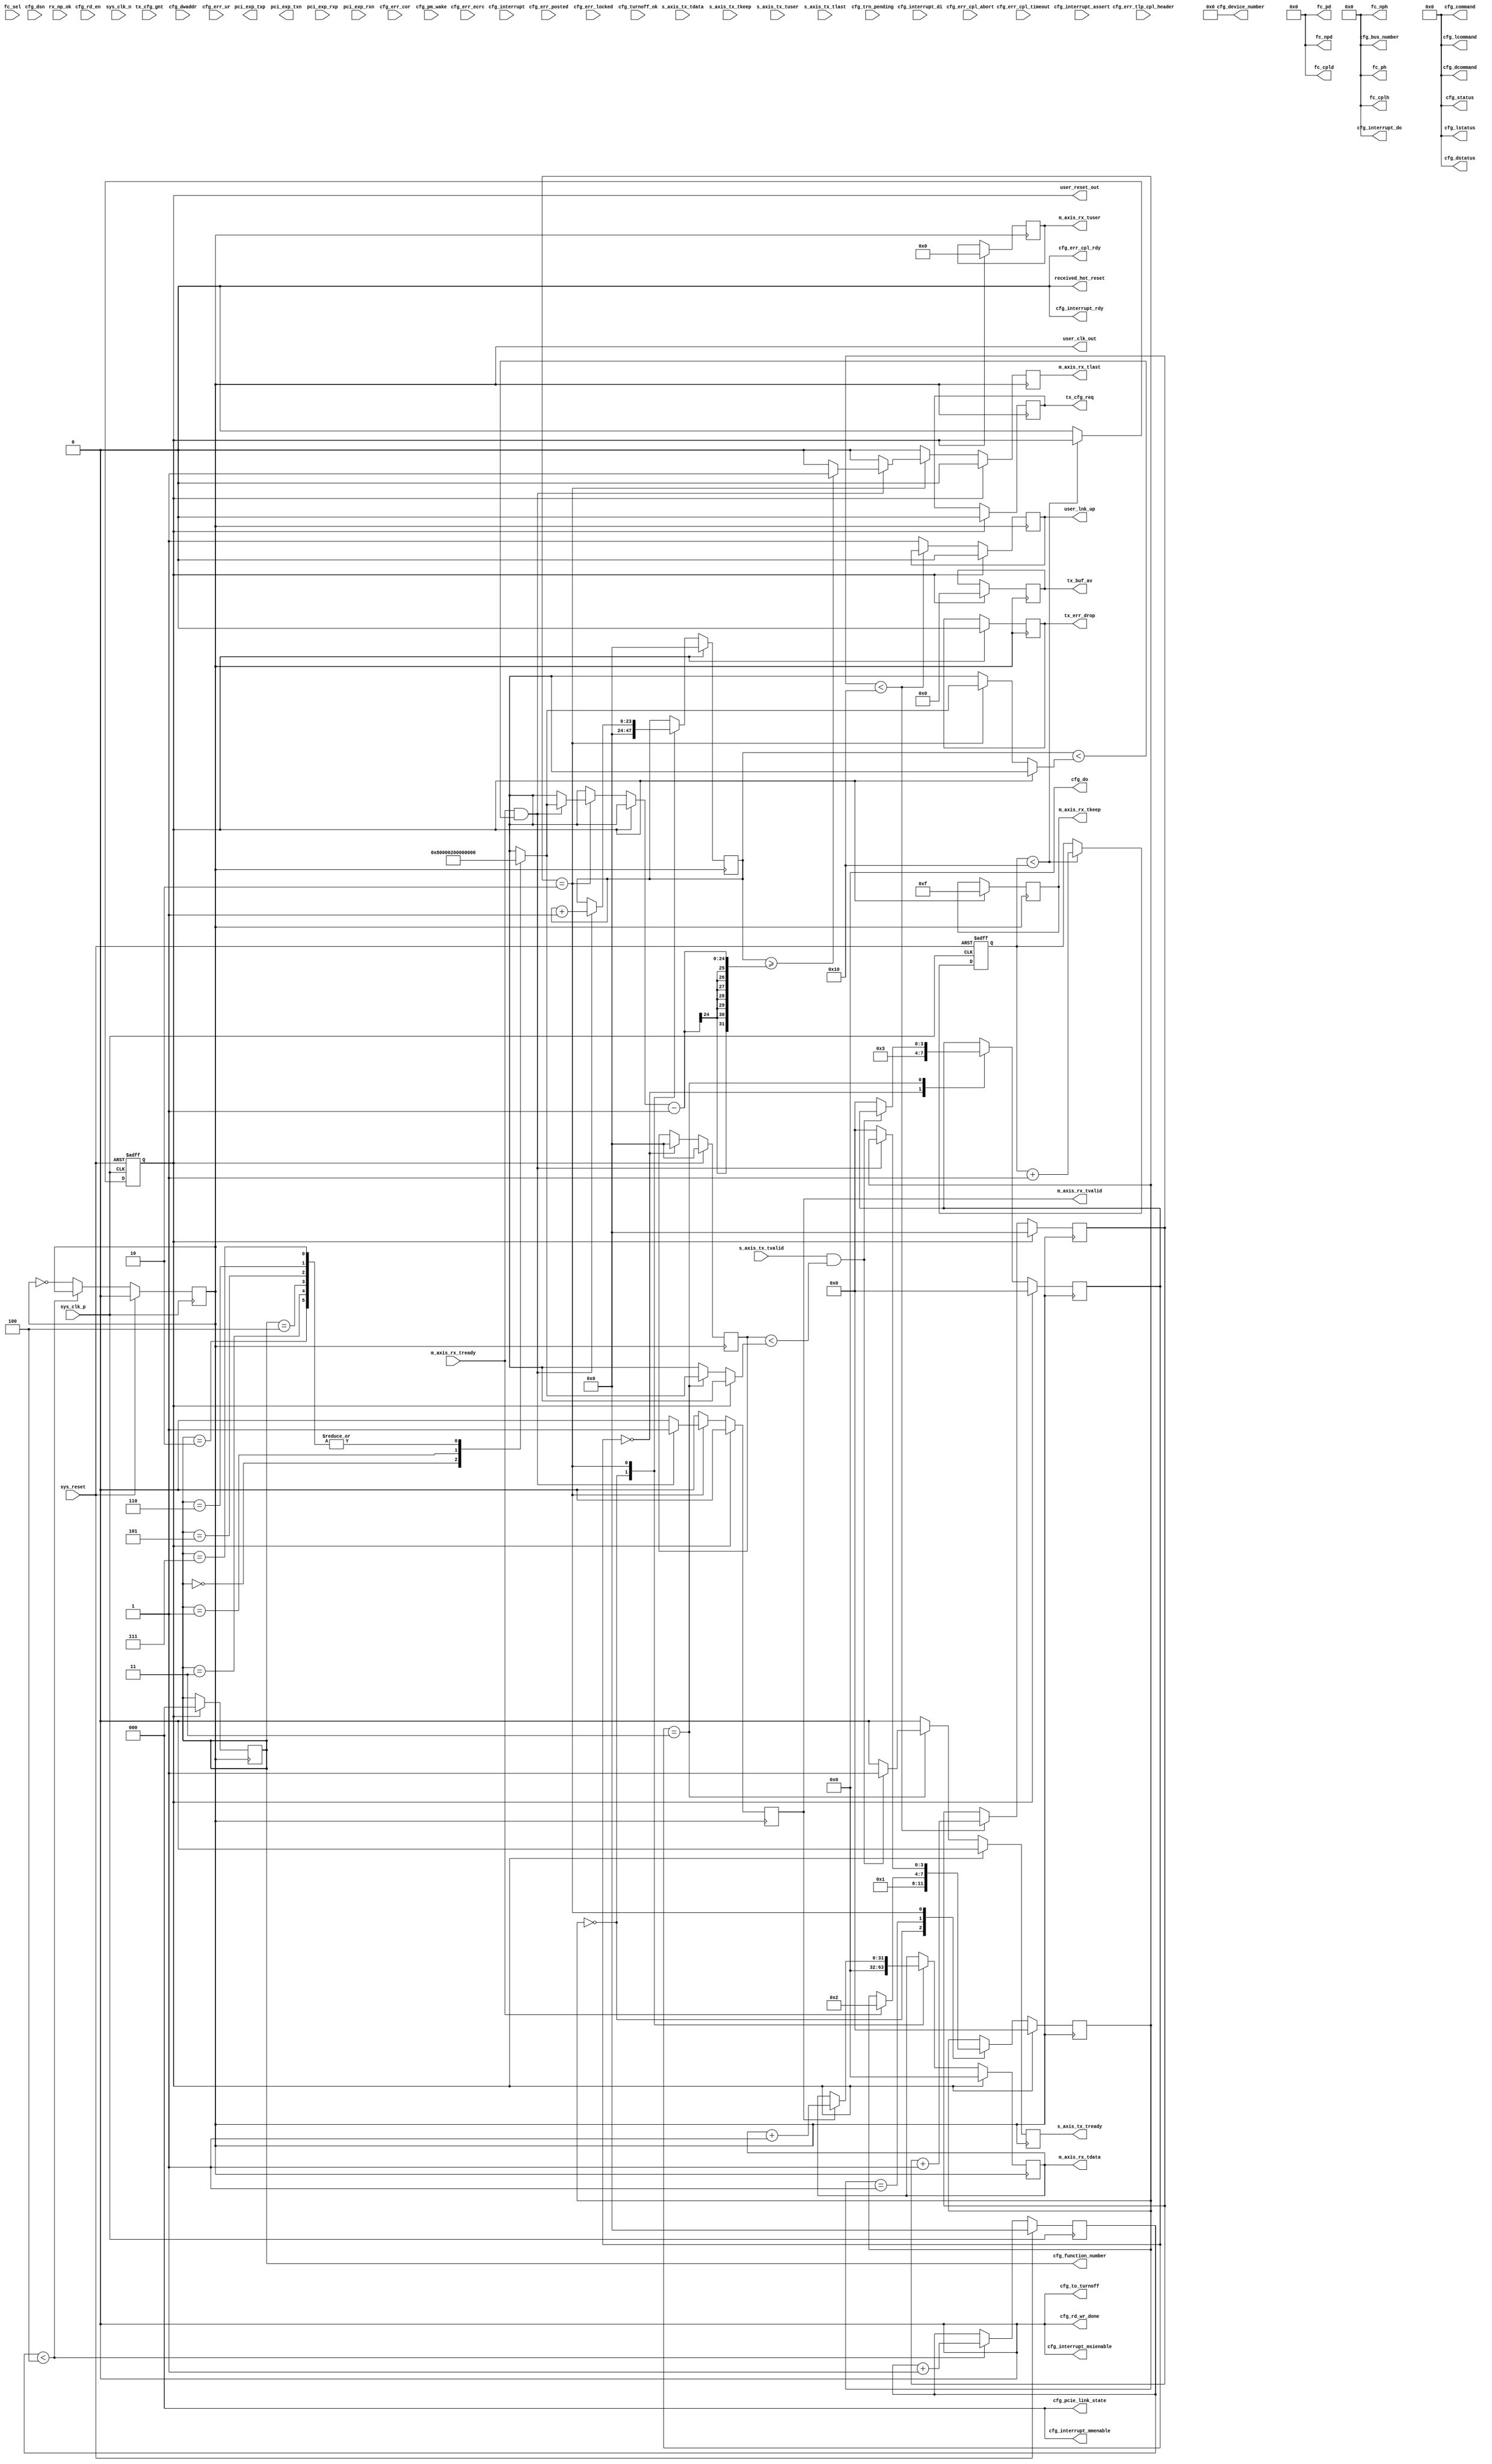
/*
Distributed under the MIT license.
Copyright (c) 2015 Dave McCoy (dave.mccoy@cospandesign.com)

Permission is hereby granted, free of charge, to any person obtaining a copy of
this software and associated documentation files (the "Software"), to deal in
the Software without restriction, including without limitation the rights to
use, copy, modify, merge, publish, distribute, sublicense, and/or sell copies
of the Software, and to permit persons to whom the Software is furnished to do
so, subject to the following conditions:

The above copyright notice and this permission notice shall be included in all
copies or substantial portions of the Software.

THE SOFTWARE IS PROVIDED "AS IS", WITHOUT WARRANTY OF ANY KIND, EXPRESS OR
IMPLIED, INCLUDING BUT NOT LIMITED TO THE WARRANTIES OF MERCHANTABILITY,
FITNESS FOR A PARTICULAR PURPOSE AND NONINFRINGEMENT. IN NO EVENT SHALL THE
AUTHORS OR COPYRIGHT HOLDERS BE LIABLE FOR ANY CLAIM, DAMAGES OR OTHER
LIABILITY, WHETHER IN AN ACTION OF CONTRACT, TORT OR OTHERWISE, ARISING FROM,
OUT OF OR IN CONNECTION WITH THE SOFTWARE OR THE USE OR OTHER DEALINGS IN THE
SOFTWARE.
*/

/*
 * Description:
 *  Simulation of the PCIE Interface, used primarily to test out
 *    HDL Core
 * Changes:
 */



module sim_pcie_axi_bridge #(
  parameter USR_CLK_DIVIDE      = 4
)(

  // PCI Express Fabric Interface
  output              pci_exp_txp,
  output              pci_exp_txn,
  input               pci_exp_rxp,
  input               pci_exp_rxn,

  // Transaction (TRN) Interface
  output  reg         user_lnk_up,

  // Tx
  output  reg         s_axis_tx_tready,
  input       [31:0]  s_axis_tx_tdata,
  input       [3:0]   s_axis_tx_tkeep,
  input       [3:0]   s_axis_tx_tuser,
  input               s_axis_tx_tlast,
  input               s_axis_tx_tvalid,

  output  reg [5:0]   tx_buf_av,
  output  reg         tx_err_drop,
  input               tx_cfg_gnt,
  output  reg         tx_cfg_req,

  // Rx
  output  reg [31:0]  m_axis_rx_tdata,
  output  reg [3:0]   m_axis_rx_tkeep,
  output  reg         m_axis_rx_tlast,
  output  reg         m_axis_rx_tvalid,
  input               m_axis_rx_tready,
  output  reg [21:0]  m_axis_rx_tuser,
  input               rx_np_ok,

  // Flow Control
  input       [2:0]   fc_sel,
  output      [7:0]   fc_nph,
  output      [11:0]  fc_npd,
  output      [7:0]   fc_ph,
  output      [11:0]  fc_pd,
  output      [7:0]   fc_cplh,
  output      [11:0]  fc_cpld,

  // Host (CFG) Interface
  output      [31:0]  cfg_do,
  output              cfg_rd_wr_done,
  input       [9:0]   cfg_dwaddr,
  input               cfg_rd_en,

  // Configuration: Error
  input               cfg_err_ur,
  input               cfg_err_cor,
  input               cfg_err_ecrc,
  input               cfg_err_cpl_timeout,
  input               cfg_err_cpl_abort,
  input               cfg_err_posted,
  input               cfg_err_locked,
  input      [47:0]   cfg_err_tlp_cpl_header,
  output              cfg_err_cpl_rdy,

  // Conifguration: Interrupt
  input               cfg_interrupt,
  output              cfg_interrupt_rdy,
  input               cfg_interrupt_assert,
  output      [7:0]   cfg_interrupt_do,
  input       [7:0]   cfg_interrupt_di,
  output      [2:0]   cfg_interrupt_mmenable,
  output              cfg_interrupt_msienable,

  // Configuration: Power Management
  input               cfg_turnoff_ok,
  output              cfg_to_turnoff,
  input               cfg_pm_wake,

  // Configuration: System/Status
  output      [2:0]   cfg_pcie_link_state,
  input               cfg_trn_pending,
  input       [63:0]  cfg_dsn,
  output      [7:0]   cfg_bus_number,
  output      [4:0]   cfg_device_number,
  output  reg [2:0]   cfg_function_number,

  output      [15:0]  cfg_status,
  output      [15:0]  cfg_command,
  output      [15:0]  cfg_dstatus,
  output      [15:0]  cfg_dcommand,
  output      [15:0]  cfg_lstatus,
  output      [15:0]  cfg_lcommand,

  // System Interface
  input               sys_clk_p,
  input               sys_clk_n,
  input               sys_reset,
  output              user_clk_out,
  output              user_reset_out,
  output              received_hot_reset

);

//Local Parameters
localparam            RESET_OUT_TIMEOUT   = 32'h00000010;
localparam            LINKUP_TIMEOUT      = 32'h00000010;

localparam            CONTROL_PACKET_SIZE = 128;
localparam            DATA_PACKET_SIZE    = 512;
localparam            F2_PACKET_SIZE      = 0;
localparam            F3_PACKET_SIZE      = 0;
localparam            F4_PACKET_SIZE      = 0;
localparam            F5_PACKET_SIZE      = 0;
localparam            F6_PACKET_SIZE      = 0;
localparam            F7_PACKET_SIZE      = 0;



localparam            CONTROL_FUNCTION_ID = 0;
localparam            DATA_FUNCTION_ID    = 1;
localparam            F2_ID               = 2;
localparam            F3_ID               = 3;
localparam            F4_ID               = 4;
localparam            F5_ID               = 5;
localparam            F6_ID               = 6;
localparam            F7_ID               = 7;


//Registers/Wires
reg           clk = 0;
reg   [23:0]  r_usr_clk_count;
reg           rst = 0;
reg   [23:0]  r_usr_rst_count;

reg   [23:0]  r_linkup_timeout;

reg   [23:0]  r_mcount;
reg   [23:0]  r_scount;
wire  [23:0]  w_func_size_map [0:7];

//Submodules
//Asynchronous Logic
assign  pcie_exp_txp              = 0;
assign  pcie_exp_txn              = 0;

assign  user_clk_out              = clk;
assign  user_reset_out            = rst;

assign  w_func_size_map[CONTROL_FUNCTION_ID ] = CONTROL_PACKET_SIZE;
assign  w_func_size_map[DATA_FUNCTION_ID    ] = DATA_PACKET_SIZE;
assign  w_func_size_map[F2_ID               ] = F2_PACKET_SIZE;
assign  w_func_size_map[F3_ID               ] = F3_PACKET_SIZE;
assign  w_func_size_map[F4_ID               ] = F4_PACKET_SIZE;
assign  w_func_size_map[F5_ID               ] = F5_PACKET_SIZE;
assign  w_func_size_map[F6_ID               ] = F6_PACKET_SIZE;
assign  w_func_size_map[F7_ID               ] = F7_PACKET_SIZE;

//TODO
assign  received_hot_reset        = 0;

assign  fc_nph                    = 0;
assign  fc_npd                    = 0;
assign  fc_ph                     = 0;
assign  fc_pd                     = 0;
assign  fc_cplh                   = 0;
assign  fc_cpld                   = 0;

assign  cfg_do                    = 0;
assign  cfg_rd_wr_done            = 0;

assign  cfg_err_cpl_rdy           = 0;

assign  cfg_interrupt_rdy         = 0;
assign  cfg_interrupt_do          = 0;
assign  cfg_interrupt_mmenable    = 0;
assign  cfg_interrupt_msienable   = 0;

assign  cfg_to_turnoff            = 0;

assign  cfg_pcie_link_state       = 0;
assign  cfg_bus_number            = 0;
assign  cfg_device_number         = 0;

assign  cfg_status                = 0;
assign  cfg_command               = 0;
assign  cfg_dstatus               = 0;
assign  cfg_dcommand              = 0;
assign  cfg_lstatus               = 0;
assign  cfg_lcommand              = 0;

//Synchronous Logic
//Generate clock
always @ (posedge sys_clk_p) begin
  if (sys_reset) begin
    clk               <=  0;
    r_usr_clk_count   <=  0;
  end
  else begin
    if (r_usr_clk_count < USR_CLK_DIVIDE) begin
      r_usr_clk_count <=  r_usr_clk_count + 1;
    end
    else begin
      clk             <=  ~clk;
    end
  end
end

//Generate Reset Pulse
always @ (posedge sys_clk_p or posedge sys_reset) begin
  if (sys_reset) begin
    rst               <=  1;
    r_usr_rst_count   <=  0;
  end
  else begin
    if (r_usr_rst_count < RESET_OUT_TIMEOUT) begin
      r_usr_rst_count <=  r_usr_rst_count + 1;
    end
    else begin
      rst             <=  0;
    end
  end
end

//Send user a linkup signal
always @ (posedge clk) begin
  if (rst) begin
    r_linkup_timeout    <=  0;
    user_lnk_up         <=  0;
  end
  else begin
    if (r_linkup_timeout < LINKUP_TIMEOUT) begin
      r_linkup_timeout  <=  r_linkup_timeout + 1;
    end
    else begin
      user_lnk_up       <=  1;
    end
  end
end


//Leave the cfg_function_number available for cocotb to modify in python
always @ (posedge clk) begin
  if (rst) begin
    cfg_function_number <=  0;
  end
  else begin
  end
end



//Data From PCIE to Core Ggenerator
reg [3:0] dm_state;

localparam  IDLE    = 0;
localparam  READY   = 1;
localparam  WRITE   = 2;
localparam  READ    = 3;

always @ (posedge clk) begin
  m_axis_rx_tlast     <=  0;
  m_axis_rx_tvalid    <=  0;

  if (rst) begin
    m_axis_rx_tdata   <=  0;
    dm_state          <=  IDLE;

    m_axis_rx_tkeep   <=  4'b1111;
    m_axis_rx_tuser   <=  0;

    r_mcount          <=  0;
  end
  else begin
    //m_axis_rx_tready
    //rx_np_ok
    case (dm_state)
      IDLE: begin
        r_mcount        <=  0;
        dm_state        <=  READY;
        m_axis_rx_tdata <=  0;
      end
      READY: begin
        if (m_axis_rx_tready) begin
          dm_state    <=  WRITE;
        end
      end
      WRITE: begin
        if (m_axis_rx_tvalid) begin
          m_axis_rx_tdata   <=  m_axis_rx_tdata + 1;
        end
        if (m_axis_rx_tready && (r_mcount < w_func_size_map[cfg_function_number])) begin
          m_axis_rx_tvalid  <=  1;
          if (r_mcount >= w_func_size_map[cfg_function_number] - 1) begin
            m_axis_rx_tlast <=  1;
          end
          r_mcount          <=  r_mcount + 1;
        end
        else begin
          dm_state      <=  IDLE;
        end
      end
      default: begin
      end
    endcase
  end
end


//Data From Core to PCIE Reader
reg [3:0] ds_state;

always @ (posedge clk) begin
  s_axis_tx_tready  <=  0;
  if (rst) begin
    //s_axis_tx_tdata
    //s_axis_tx_tkeep
    //s_axis_tx_tuser
    //s_axis_tx_tlast
    //s_axis_tx_tvalid

    tx_buf_av       <=  0;
    tx_err_drop     <=  0;
    //tx_cfg_gnt      <=  0;
    tx_cfg_req      <=  0;

    ds_state        <=  IDLE;
    r_scount        <=  0;
  end
  else begin
    case (ds_state)
      IDLE: begin
        r_scount    <=  0;
        ds_state    <=  READ;
      end
      READ: begin
        if (s_axis_tx_tvalid && (r_scount < w_func_size_map[cfg_function_number])) begin
          s_axis_tx_tready    <=  1;
        end
        else begin
          ds_state  <=  IDLE;
        end
      end
      default: begin
      end
    endcase
  end
end






endmodule